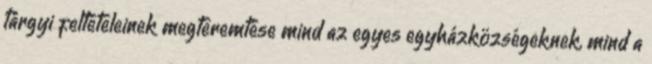
tárgyi feltételeinek megteremtése mind az egyes egyházközségeknek, mind a